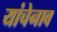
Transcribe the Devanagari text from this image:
यांचेनाव